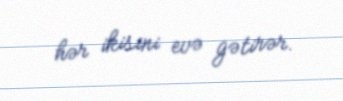
hər ikisini evə gətirər.